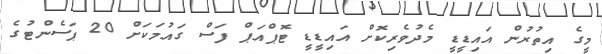
މީގެ އިތުރުން އައިޑީޑީ މެދުވެރިކޮށް އައިޑީޑީ ޓޮޕްއަޕް ފަސް ގައުމަކަށް 20 ޕަސެންޓުގެ